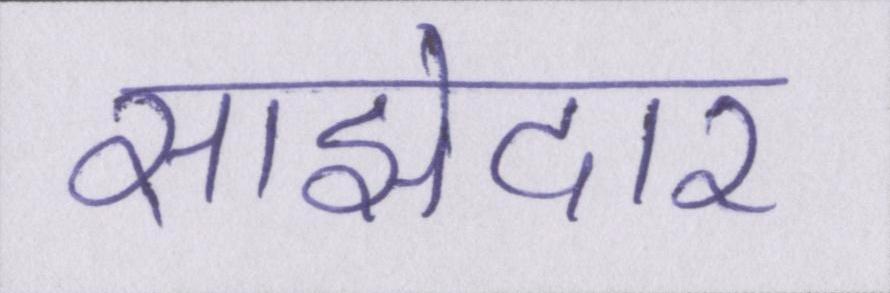
साझेदार